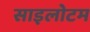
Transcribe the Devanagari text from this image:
साइलोटम